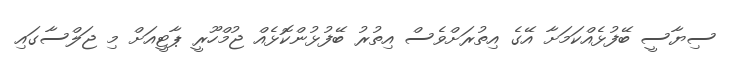
ސިޔާސީ ބޭފުޅެއްކަމަށާ އޭގެ އިތުރަށްވެސް އިތުރު ބޭފުޅުންކޮޅެއް ޖުމްހޫރީ ޕާޓީއަށް މި ޖަލްސާގައި